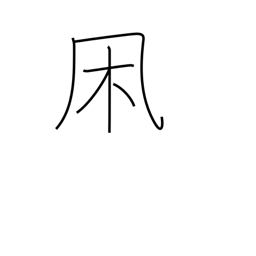
Meaning: wintry wind